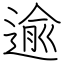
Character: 逾